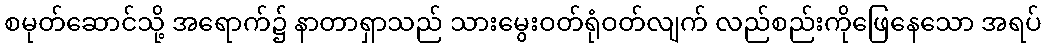
စမုတ်ဆောင်သို့ အရောက်၌ နာတာရှာသည် သားမွေးဝတ်ရုံဝတ်လျက် လည်စည်းကိုဖြေနေသော အရပ်